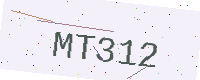
Text: MT312